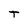
Character: T